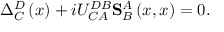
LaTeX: \Delta _ { C } ^ { D } \left( x \right) + i U _ { C A } ^ { D B } \mathbf { S } _ { B } ^ { A } \left( x , x \right) = 0 .